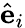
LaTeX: {\hat{\mathbf{e}}}_{i}